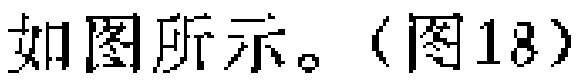
如图所示。（图18）